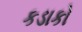
કડાકો